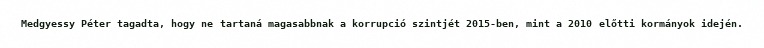
Medgyessy Péter tagadta, hogy ne tartaná magasabbnak a korrupció szintjét 2015-ben, mint a 2010 előtti kormányok idején.